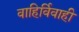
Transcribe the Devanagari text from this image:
वाहिर्विवाही